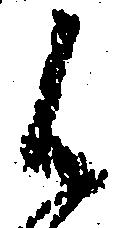
候